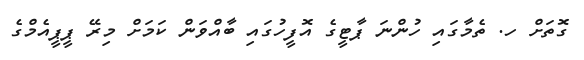
ގޮތަށް ހ. ތެމާގައި ހުންނަ ޕާޓީގެ އޮފީހުގައި ބާއްވަން ކަމަށް މިރޭ ޕީޕީއެމްގެ